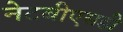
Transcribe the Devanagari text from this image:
नेटबीएसडी